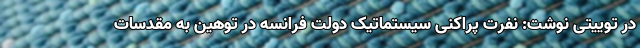
در توییتی نوشت: نفرت پراکنی سیستماتیک دولت فرانسه در توهین به مقدسات